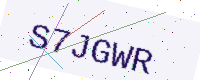
Text: S7JGWR